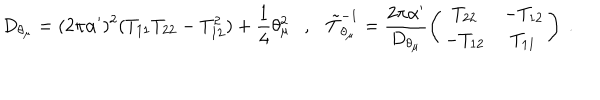
D _ { \theta _ { \mu } } = ( 2 \pi \alpha ^ { \prime } ) ^ { 2 } ( T _ { 1 1 } T _ { 2 2 } - T _ { 1 2 } ^ { 2 } ) + \frac { 1 } { 4 } \theta _ { \mu } ^ { 2 } , \tilde { T } _ { \theta _ { \mu } } ^ { - 1 } = \frac { 2 \pi \alpha ^ { \prime } } { D _ { \theta _ { \mu } } } \left( \begin{matrix} { { T _ { 2 2 } } } & { { - T _ { 1 2 } } } \\ { { - T _ { 1 2 } } } & { { T _ { 1 1 } } } \\ \end{matrix} \right) ~ .